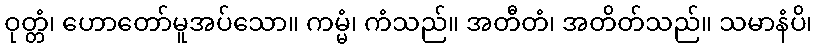
ဝုတ္တံ၊ ဟောတော်မူအပ်သော။ ကမ္မံ၊ ကံသည်။ အတီတံ၊ အတိတ်သည်။ သမာနံပိ၊